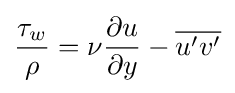
{\frac {\tau _{w}}{\rho }}=\nu {\frac {\partial u}{\partial y}}-{\overline {u'v'}}